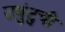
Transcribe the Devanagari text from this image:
उबुंटुची